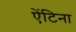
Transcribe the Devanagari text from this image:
ऐंटिना